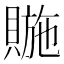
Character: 𧷆